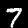
Digit: 7